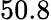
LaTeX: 50.8